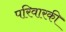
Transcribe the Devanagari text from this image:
परिवारकी